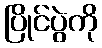
ပြိုင်ပွဲကို